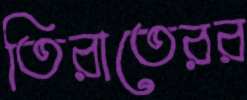
তিরাতেরর